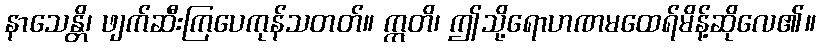
နာသေန္တိ၊ ဖျက်ဆီးကြပေကုန်သတတ်။ ဣတိ၊ ဤသို့ရောဟဏမထေရ်မိန့်ဆိုလေ၏။